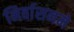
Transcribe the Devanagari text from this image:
निर्वासनमे